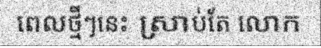
ពេលថ្មីៗនេះ ស្រាប់តែ លោក